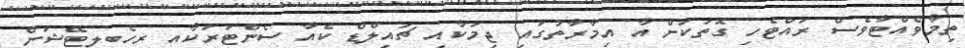
ތިމާވެއްޓާވެސް ރައްޓެހި ގޮތަކަށް އާ އިމާރާތުގައި ޖިމަކާއި ޗައިލްޑް ކެއާ ސެންޓަރަކާއި ރިހެބިލިޓޭޝަން